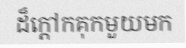
ដ៏ក្តៅកគុកមួយមក